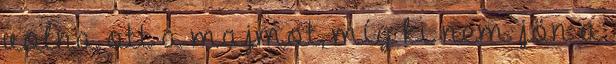
volna ott a majmot, míg ki nem jön a